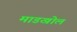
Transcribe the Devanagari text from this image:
माडखोल